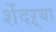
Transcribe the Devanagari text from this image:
शेंदऱ्या